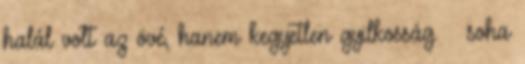
halál volt az övé, hanem kegyetlen gyilkosság. – soha